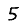
Digit: 5